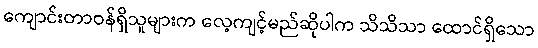
ကျောင်းတာဝန်ရှိသူများက လေ့ကျင့်မည်ဆိုပါက သိသိသာ ထောင်ရှိသော